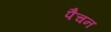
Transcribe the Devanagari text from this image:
पैचन